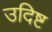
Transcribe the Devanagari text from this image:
उदिष्ट